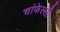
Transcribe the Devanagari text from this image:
चांफेल्ली